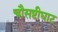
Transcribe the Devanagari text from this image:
चौसष्टीघाट